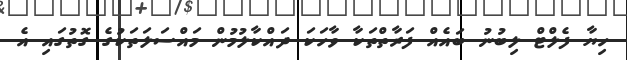
ހިޔާ ފެލްޓް ލިބުނު ބައެއް ފަރާތްތަކާ ވާހަކަ ދައްކާލުމުން މައްސަލަތަކުގެ ގޮތުގައި އެ